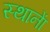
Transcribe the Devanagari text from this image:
स्थानाें